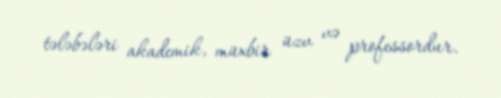
tələbələri akademik, müxbir üzv və professordur.